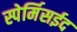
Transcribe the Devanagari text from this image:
स्पेर्मिसईद